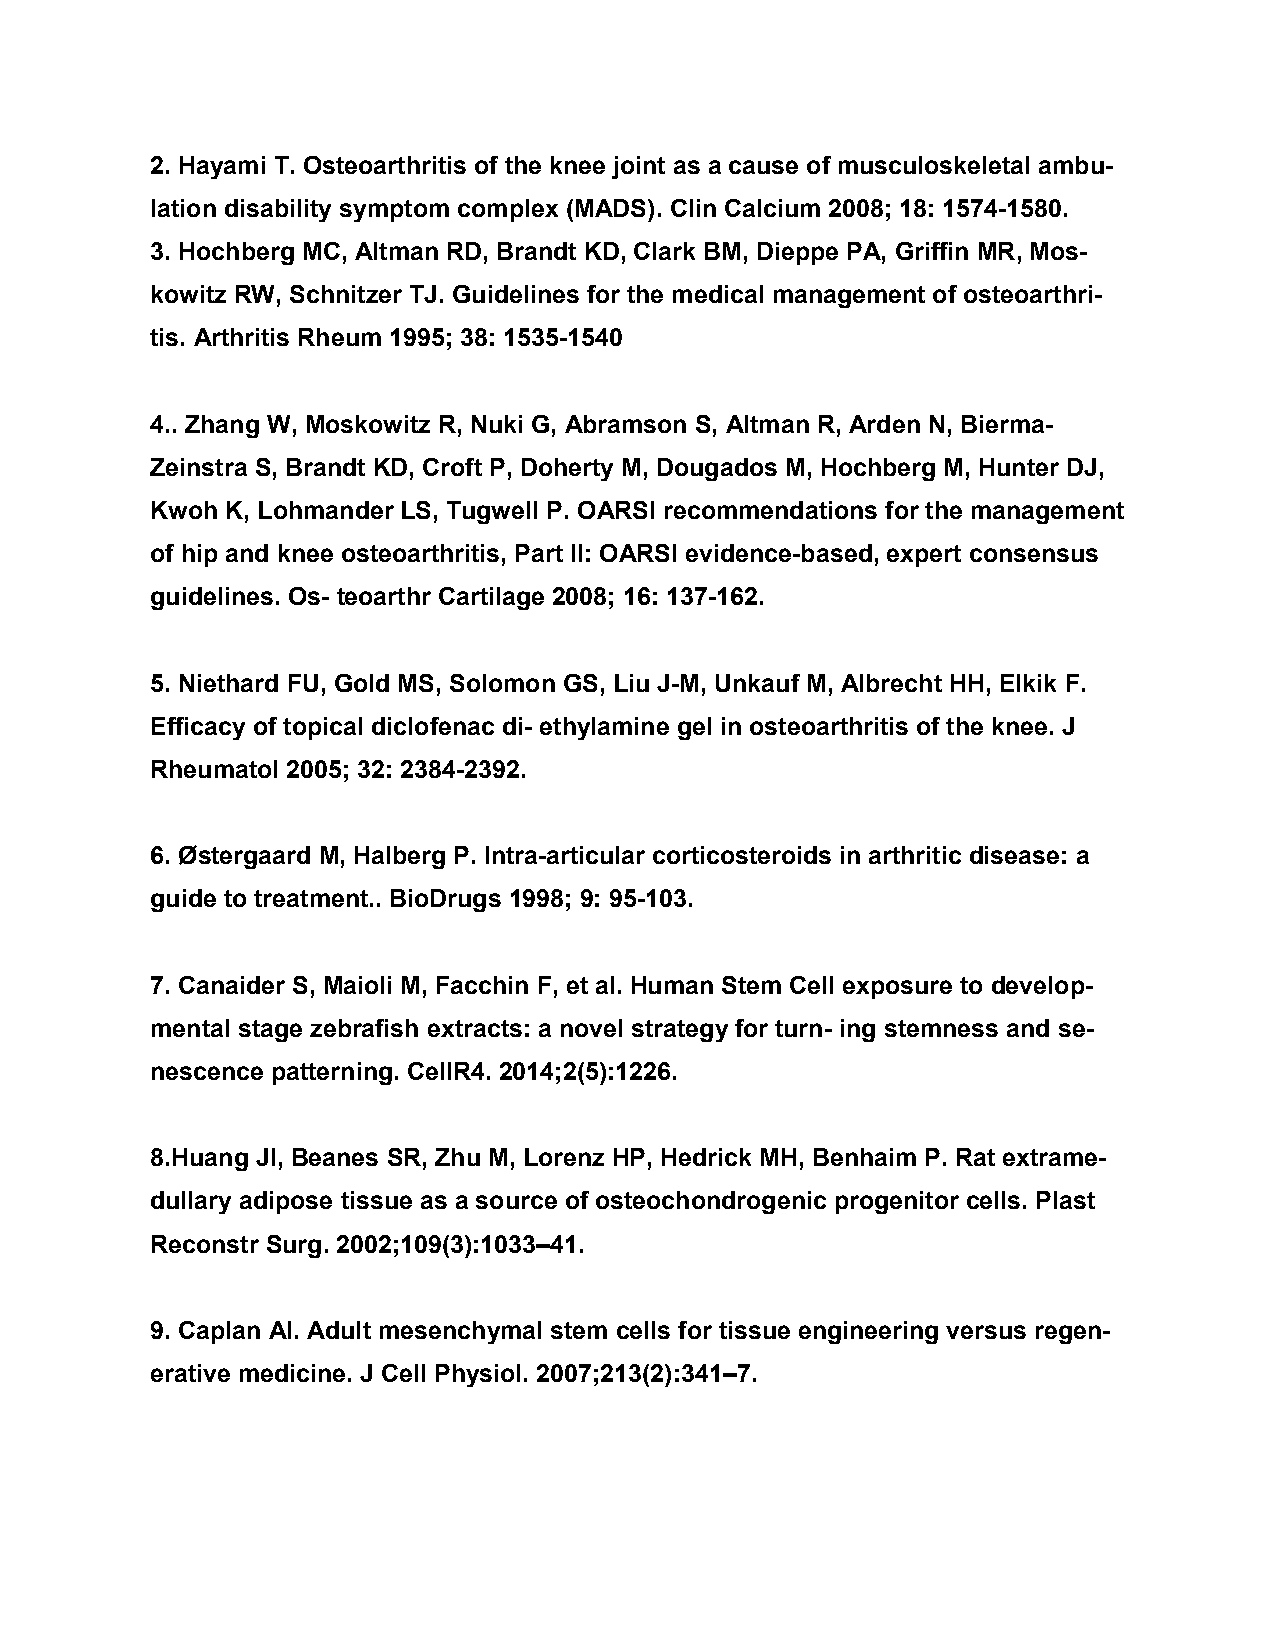
2. Hayami T. Osteoarthritis of the knee joint as a cause of musculoskeletal ambu-
 lation disability symptom complex (MADS). Clin Calcium 2008; 18: 1574-1580.
 3. Hochberg MC, Altman RD, Brandt KD, Clark BM, Dieppe PA, Griffin MR, Mos-
 kowitz RW, Schnitzer TJ. Guidelines for the medical management of osteoarthri-
 tis. Arthritis Rheum 1995; 38: 1535-1540
 4.. Zhang W, Moskowitz R, Nuki G, Abramson S, Altman R, Arden N, Bierma-
 Zeinstra S, Brandt KD, Croft P, Doherty M, Dougados M, Hochberg M, Hunter DJ,
 Kwoh K, Lohmander LS, Tugwell P. OARSI recommendations for the management
 of hip and knee osteoarthritis, Part II: OARSI evidence-based, expert consensus
 guidelines. Os- teoarthr Cartilage 2008; 16: 137-162.
 5. Niethard FU, Gold MS, Solomon GS, Liu J-M, Unkauf M, Albrecht HH, Elkik F.
 Efficacy of topical diclofenac di- ethylamine gel in osteoarthritis of the knee. J
 Rheumatol 2005; 32: 2384-2392.
 6. Østergaard M, Halberg P. Intra-articular corticosteroids in arthritic disease: a
 guide to treatment.. BioDrugs 1998; 9: 95-103.
 7. Canaider S, Maioli M, Facchin F, et al. Human Stem Cell exposure to develop-
 mental stage zebrafish extracts: a novel strategy for turn- ing stemness and se-
 nescence patterning. CellR4. 2014;2(5):1226.
 8.Huang JI, Beanes SR, Zhu M, Lorenz HP, Hedrick MH, Benhaim P. Rat extrame-
 dullary adipose tissue as a source of osteochondrogenic progenitor cells. Plast
 Reconstr Surg. 2002;109(3):1033–41.
 9. Caplan AI. Adult mesenchymal stem cells for tissue engineering versus regen-
 erative medicine. J Cell Physiol. 2007;213(2):341–7.